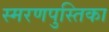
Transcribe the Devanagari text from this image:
स्मरणपुस्तिका